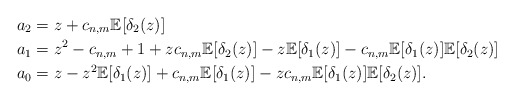
\begin{align*} & a_2 = z + c_{n,m} \mathbb{E}[\delta_2(z)] \\ & a_1 = z^2 -c_{n,m} +1 +z c_{n,m} \mathbb{E}[\delta_2(z)]-z \mathbb{E}[\delta_1(z)]-c_{n,m} \mathbb{E}[\delta_1(z)]\mathbb{E}[\delta_2(z)]\\ & a_0 = z - z^2 \mathbb{E}[\delta_1(z)] + c_{n,m} \mathbb{E}[\delta_1(z)] - z c_{n,m} \mathbb{E}[\delta_1(z)]\mathbb{E}[\delta_2(z)]. \end{align*}